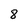
Character: 8